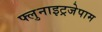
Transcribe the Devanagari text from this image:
फ्लुनाइट्रजेपाम